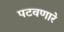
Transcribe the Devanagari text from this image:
पटवणारे